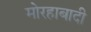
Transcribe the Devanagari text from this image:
मोरहाबादी